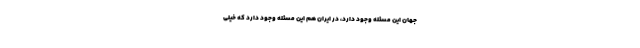
جهان این مسئله وجود دارد، در ایران هم این مسئله وجود دارد که خیلی